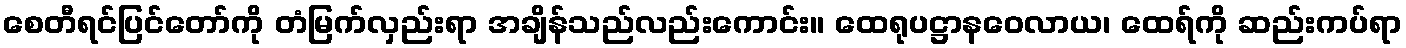
စေတီရင်ပြင်တော်ကို တံမြက်လှည်းရာ အချိန်သည်လည်းကောင်း။ ထေရုပဋ္ဌာနဝေလာယ၊ ထေရ်ကို ဆည်းကပ်ရာ